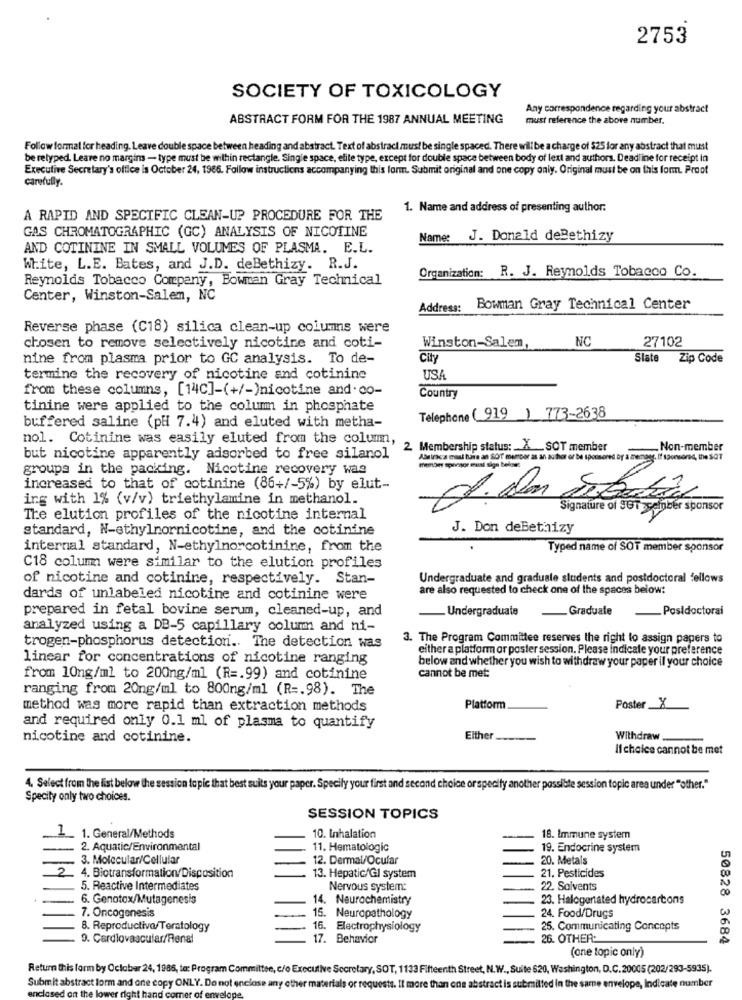
2753
SOCIETY OF TOXICOLOGY
Any correspondence regarding your abstract
ABSTRACT FORM FOR THE 1987 ANNUAL MEETING
must reference the above number.
Follow formal for heading. Leave double space between heading and abstract. Text of abstract must be single spaced. There will be a charge of $25 for any abstract that must
be retyped. Leare no margins - type must be within rectangle. Single space, elite type, except for double space between body of lext and authors. Deadline for receipt in
Executive Secretary's office is October 24, 1986. Follow instructions accompanying this form. Submit original and one copy only. Original must be on this for. Proof
carefully.
1. Name and address of presenting author.
A RAPID AND SPECIFIC CLEAN-UP PROCEDURE FOR THE
GAS CHROMATOGRAPHIC (GC) ANALYSIS OF NICOTINE
Name: J. Donald deBethizy
AND COTININE IN SMALL VOLUMES OF PLASMA. E.L.
White, L.E. Bates, and J.D. deBethizy. R.J.
Organization: R. J. Reynolds Tobacco Co.
Reynolds Tobacco Company, Bowman Gray Technical
Center, Winston-Salem, NC
Address:
Bowman Gray Technical Center
Reverse phase (C18) silica clean-up columns were
Winston-Salem,
NC
27102
chosen to remove selectively nicotine and coti-
nine from plasma prior to GC analysis. To de-
City
Slate Zip Code
termine the recovery of nicotine and cotinine
USA
from these columns, [14]-(+/-)nicotine and co-
Country
tinine were applied to the columm in phosphate
Telephone (919 ) 773-2638
buffered saline (pH 7.4) and eluted with metha-
nol. Cotinine was easily eluted from the columm,
2 Membership status: X __ SOT member
Non-member
but nicotine apparently adsorbed to free silanol
Abrirsca maul ture an SÖT mempor as an author or be sponsored by A benne
groups in the packing. Nicotine recovery was
increased to that of cotinine (86+/-5%) by elut-
ing with 1% (v/v) triethylamine in methanol.
Signature of SET cember sponsor
The elution profiles of the nicotine internal
standard, N-ethylnornicotine, and the cotinine
J. Don deBethizy
internal standard, N-ethylnorcotinine, from the
Typed name of SOT member sponsor
C18 colum were similar to the elution profiles
of nicotine and cotinine, respectively. Stan-
Undergraduate and graduate students and postdoctoral fellows
are also requested to check one of the spaces below:
dards of unlabeled nicotine and cotinine were
prepared in fetal bovine serum, cleaned-up, and
Undergraduate
_Graduale
_ Posidoctoral
analyzed using a DB-5 capillary column and ni-
3. The Program Committee reserves the right to assign papers to
trogen-phosphorus detection .. The detection was
either a platform or poster session. Please indicate your preference
linear for concentrations of nicotine ranging
below and whether you wish to withdraw your paper il your choice
cannot be met:
from 10ng/ml to 200ng/ml (R =. 99) and cotinine
ranging from 20ng/ml to 800ng/ml (R =. 98). The
method was more rapid than extraction methods
Platform
Poster_X
and required only 0.1 ml. of plasma to quantify
nicotine and cotinine.
Either.
Withdraw
Il choice cannot be met
4. Select from the list below the session topic that best suits your paper. Specify your first and second choice orspecify another possible session topic area under "other."
Specity only two choices.
SESSION TOPICS
1. General/Methods
10. Inhalation
18. Immune system
2. Aquatic/Environmental
11. Hematologic
19. Endocrine system
3. Molecular/Cellular
12. Dermal/Ocular
20. Metals
21. Pesticides
4. Biotransformation/Disposition
13. Hepatic/Gl system
5. Reactive Intermediates
Nervous system:
22. Solvents
6. Genotox/Mutagenesis
14. Neurochemistry
23. Halogentated hydrocartons
7. Oncogenesis
15. Neuropathology
24. Food/Drugs
8. Reproductiva/Teratology
16. Electrophysiology
25. Communicating Concepts
9. Cardiovascular/Renal
17. Behavior
26. OTHER:
50828 3684
(one topic only)
Return this form by October 24, 1986, to: Program Committee, c/o Executive Secretary, SOT, 1133 Fifteenth Street, N.W ., Suite 620, Washington, D.C.20005 (202/293-5935).
Submit abstract form and one copy ONLY. Do not enclose any other materials or requests. Il more than one abstract is submitted in the same envelope, Indicate number
enclosed on the k
wer dle